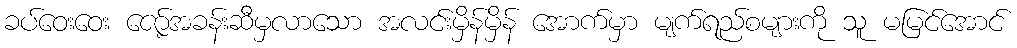
ခပ်ဝေးဝေး ဇော့်အခန်းဆီမှလာသော အလင်းမှိန်မှိန် အောက်မှာ မျက်ရည်စများကို သူ မမြင်အောင်